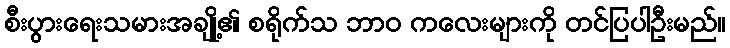
စီးပွားရေးသမားအချို့၏ စရိုက်သ ဘာဝ ကလေးများကို တင်ပြပါဦးမည်။